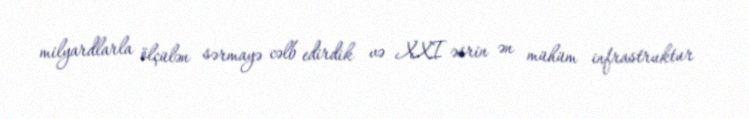
milyardlarla ölçülən sərmayə cəlb edirdik və XXI əsrin ən mühüm infrastruktur